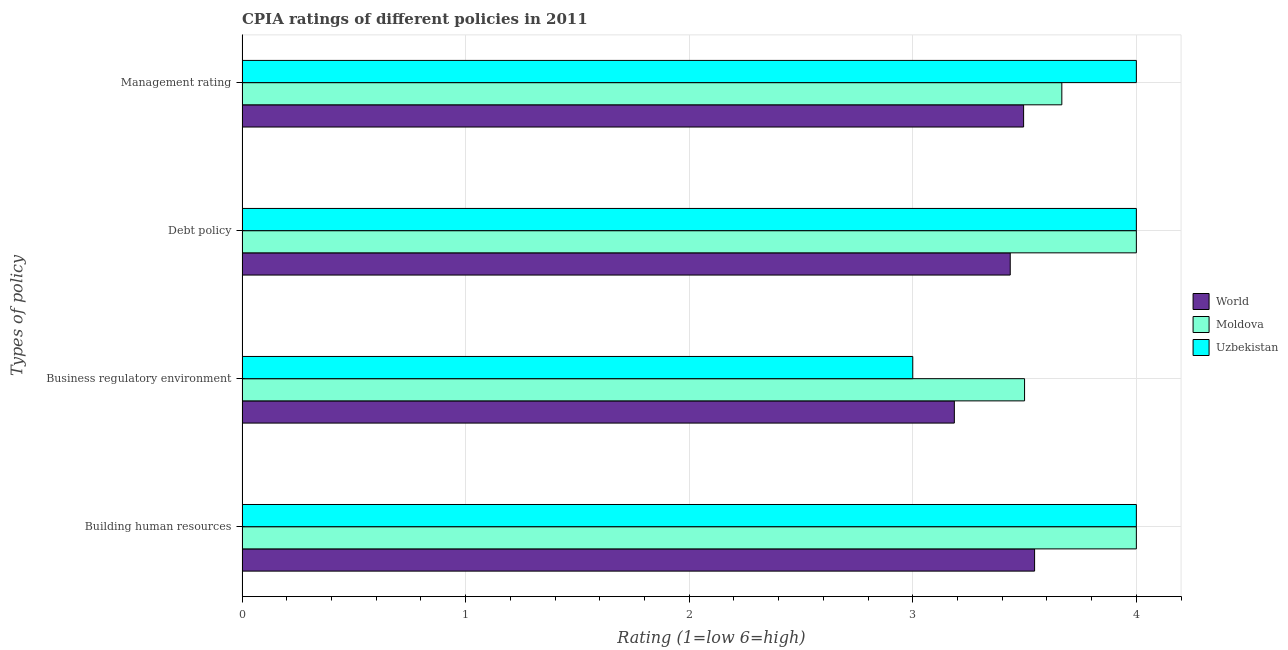
| Types of policy | World | Moldova | Uzbekistan |
 | --- | --- | --- | --- |
 | Building human resources | 3.54 | 4 | 4 |
 | Business regulatory environment | 3.19 | 3.5 | 3 |
 | Debt policy | 3.44 | 4 | 4 |
 | Management rating | 3.5 | 3.67 | 4 |